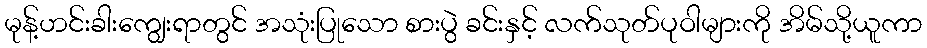
မုန့်ဟင်းခါးကျွေးရာတွင် အသုံးပြုသော စားပွဲ ခင်းနှင့် လက်သုတ်ပုဝါများကို အိမ်သို့ယူကာ